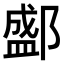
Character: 𨞐